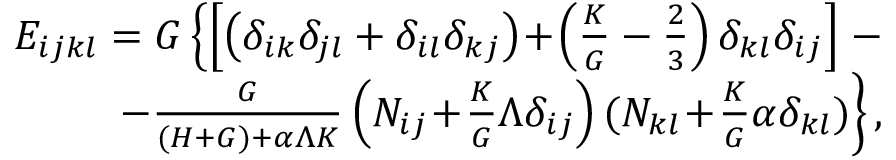
\begin{array} { r } { E _ { i j k l } = G \left\{ \left[ \left( \delta _ { i k } \delta _ { j l } + \delta _ { i l } \delta _ { k j } \right) \! + \! \left( \frac { K } { G } - \frac { 2 } { 3 } \right) \delta _ { k l } \delta _ { i j } \right] \right. - } \\ { \left. - \frac { G } { ( H + G ) + \alpha \Lambda K } \left( N _ { i j } \! + \! \frac { K } { G } \Lambda \delta _ { i j } \right) ( N _ { k l } \! + \! \frac { K } { G } \alpha \delta _ { k l } ) \right\} , } \end{array}